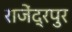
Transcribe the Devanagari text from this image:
राजेंद्रपुर